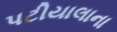
પટીયાલાના